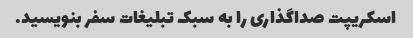
اسکریپت صداگذاری را به سبک تبلیغات سفر بنویسید.